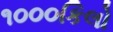
૧૦૦૦કિલો